Riigikantselei, lk 19
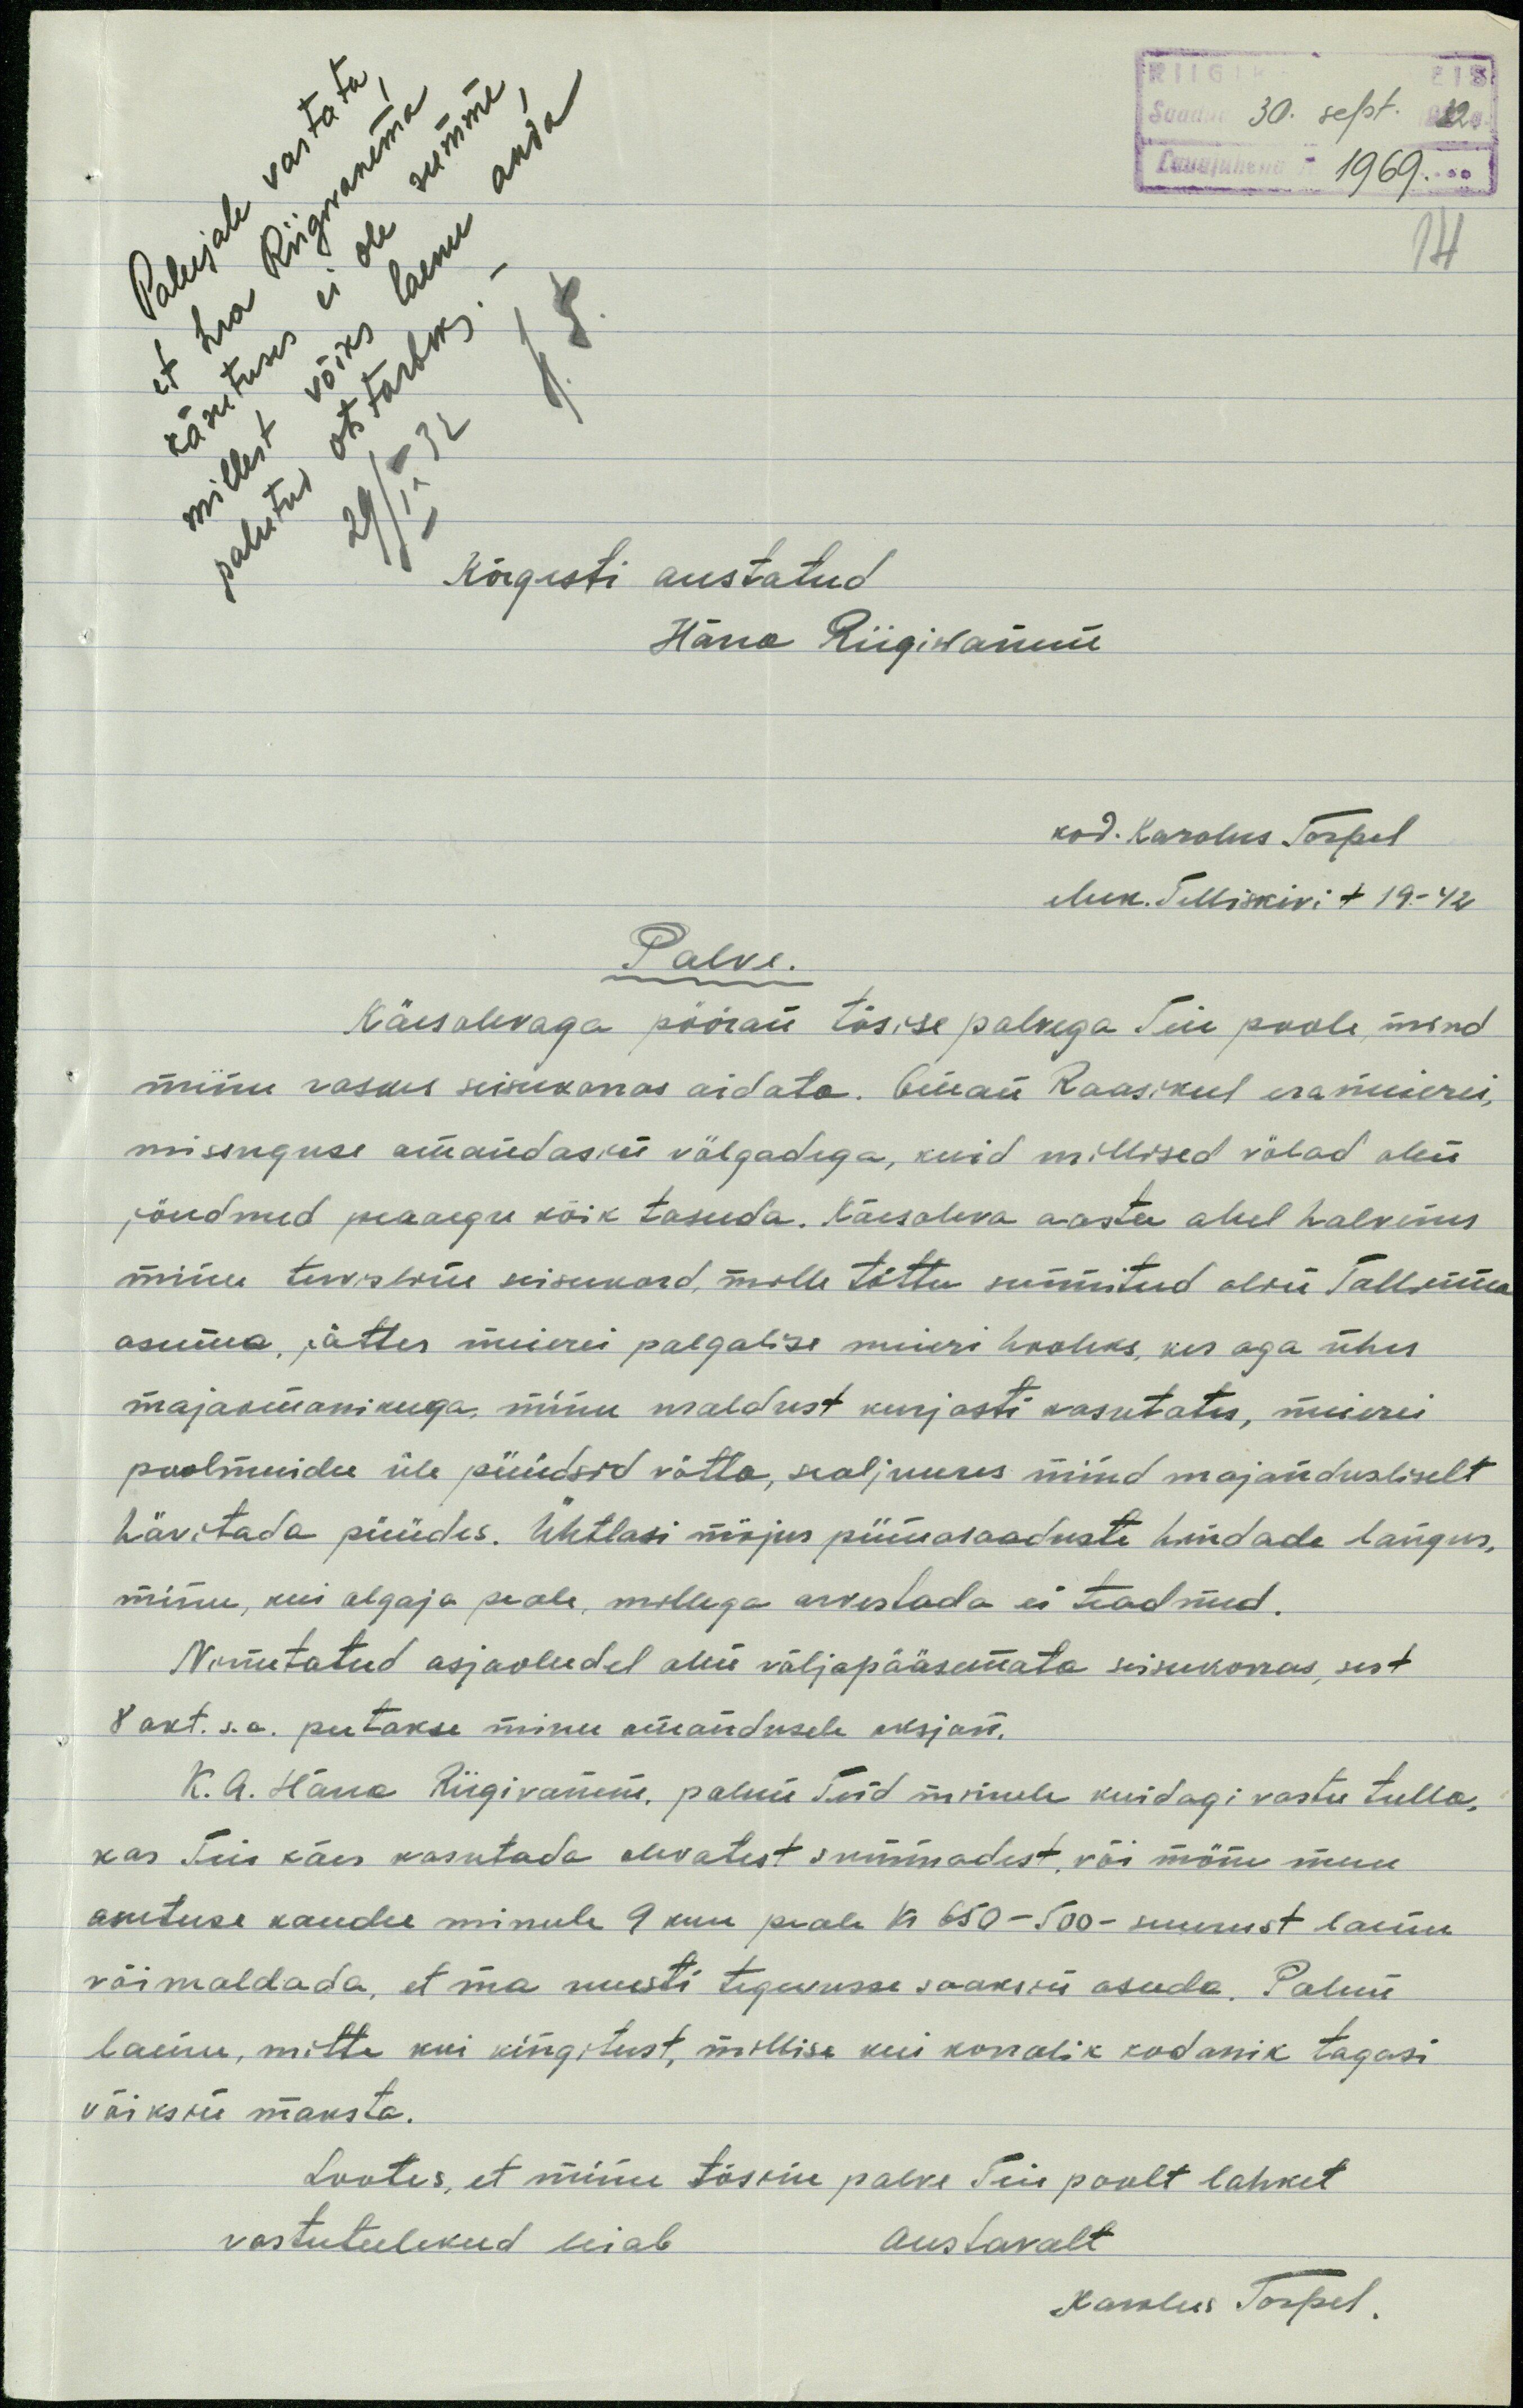
Palujale vastata,
Saadud 30. sept. 1932 a
Lauajuhend No 1969.
et hea Riigivanema
14
käsutuses ei ole summe
millest võiks laenu anda
palutud otstarbeks . -
29/ ix 32
Kõrgesti austatud
Härra Riigivanem
kod. Karolus Torpel
eluk. Telliskivi t 19-42
Palve.
Käesolevaga pööran tõsise palvega Teie poole, mind
minu raskes seisukorras aidata. Oman Raasikul era meierei
missuguse omandasin völgadega, kuid millised völad olen
jöudnud peaaegu kõik tasuda. Käesoleva aasta alul halvenes
minu tervisline seisukord, mille tõttu sunnitud olin Tallinna
asuma, jättes meieri palgalise meieri hooleks, kes aga ühes
majaomanikuga, minu waldust kurjasti kasutates, meierei
poolmuidu üle püüdsid vötta, sealjuures mind majandusliselt
hävitada püüdes. Ühtlasi möjus piimasaaduste hindade langus,
minu, kui algaja peale, millega arvestada ei teadnud.
Nimetatud asjaoludel olin väljapääsemata seisukorras, sest
8 akt. s.a. peetakse minu omandusele oksjon.
K. A. Härra Riigivanem, palun Teid minule kuidagi vastu tulla,
kas Teie käes kasutada olevatest summadest, või möne muu
asutuse kaudu minule 9 kuu peale sa 650-500-suurust laenu
võimaldada, et ma uuesti tegevusse saaksin asuda. Palun
laenu, mitte kui kingitust, millise kui korralik kodanik tagasi
väiksin maksta.
Lootes, et minu tõsine palve Teie poolt lahket
vastutulekud leiab
austavalt
Karolus Torpel.